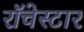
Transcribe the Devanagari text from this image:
रॉचेस्टार